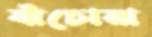
বাঁচোয়া